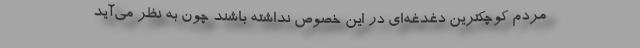
مردم کوچکترین دغدغه‌ای در این خصوص نداشته باشند چون به نظر می‌آید